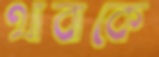
থাবাকে